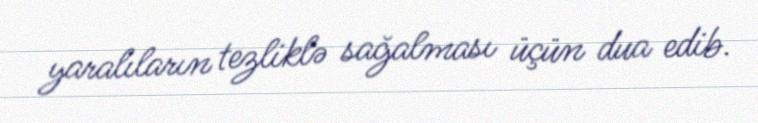
yaralıların tezliklə sağalması üçün dua edib.